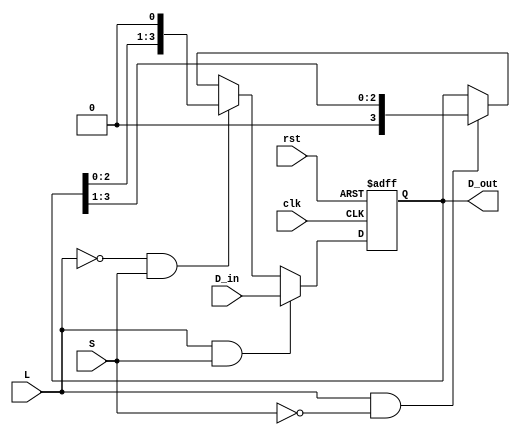
module USR (clk, rst, D_in, D_out, L, S);
  parameter N = 4;
  input clk;
  input rst;
  input [N-1:0]D_in;
  output [N-1:0]D_out;
  input L;
  input S;
  
  reg [N-1:0] S_Reg;
  
  always @(posedge clk or posedge rst) begin
    if (rst) begin
    	S_Reg <= 0;    
    end
    
    else begin 
      if (L && S) begin
        S_Reg <= D_in;
      end
      else if (~L && S) begin // left shift
        S_Reg <= {S_Reg[N-2:0], 1'b0};
      end
      else if (L && ~S) begin // right shift
        S_Reg <= {1'b0, S_Reg[N-1:1]};
      end
      
    end    
  end
  
  assign D_out = S_Reg;
endmodule